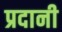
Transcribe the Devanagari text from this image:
प्रदानी